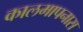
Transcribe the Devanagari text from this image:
कालमापनास